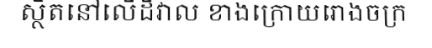
ស្ថិតនៅលើដីវាល ខាងក្រោយរោងចក្រ